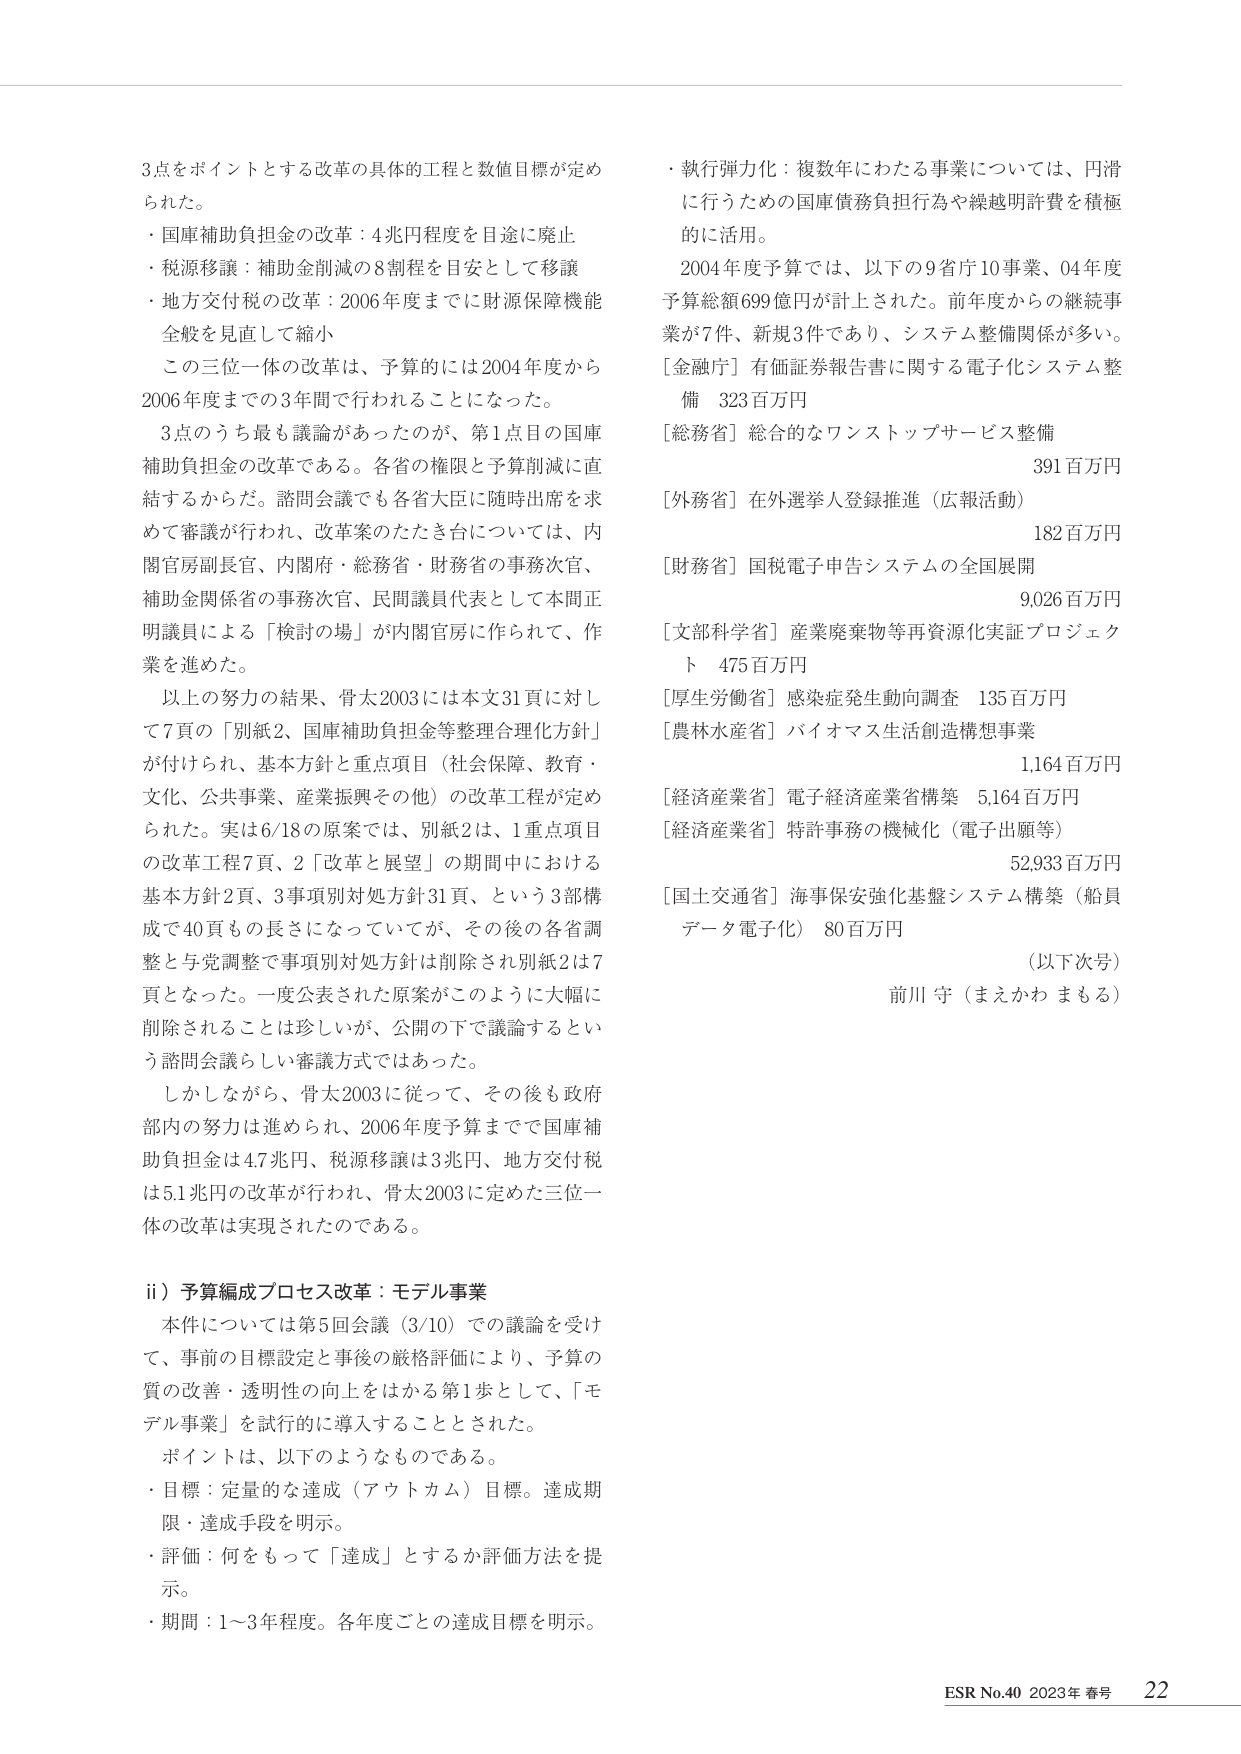
3点をポイントとする改革の具体的工程と数値目標が定められた。

・国庫補助負担金の改革：4兆円程度を目途に廃止
・税源移譲：補助金削減の8割程を目安として移譲
・地方交付税の改革：2006年度までに財源保障機能全般を見直して縮小

この三位一体の改革は、予算的には2004年度から2006年度までの3年間で行われることになった。

3点のうち最も議論があったのが、第1点目の国庫補助負担金の改革である。各省の権限と予算削減に直結するからだ。諮問会議でも各省大臣に随時出席を求めて審議が行われ、改革案のたたき台については、内閣官房副長官、内閣府・総務省・財務省の事務次官、補助金関係省の事務次官、民間議員代表として本間正明議員による「検討の場」が内閣官房に作られて、作業を進めた。

以上の努力の結果、骨太2003には本文31頁に対して7頁の「別紙2、国庫補助負担金等整理合理化方針」が付けられ、基本方針と重点項目（社会保障、教育・文化、公共事業、産業振興その他）の改革工程が定められた。実は6/18の原案では、別紙2は、1重点項目の改革工程7頁、2「改革と展望」の期間中における基本方針2頁、3事項別対処方針31頁、という3部構成で40頁もの長さになっていたが、その後の各省調整と与党調整で事項別対処方針は削除され別紙2は7頁となった。一度公表された原案がこのように大幅に削除されることは珍しいが、公開の下で議論するという諮問会議らしい審議方式ではあった。

しかしながら、骨太2003に従って、その後も政府部内の努力は進められ、2006年度予算までで国庫補助負担金は4.7兆円、税源移譲は3兆円、地方交付税は5.1兆円の改革が行われ、骨太2003に定めた三位一体の改革は実現されたのである。

ii）予算編成プロセス改革：モデル事業

本件については第5回会議（3/10）での議論を受け、事前の目標設定と事後の厳格評価により、予算の質の改善・透明性の向上をはかる第1歩として、「モデル事業」を試行的に導入することとされた。

ポイントは、以下のようなものである。

・目標：定量的な達成（アウトカム）目標。達成期限・達成手段を明示。
・評価：何をもって「達成」とするか評価方法を提示。
・期間：1～3年程度。各年度ごとの達成目標を明示。

・執行弾力化：複数年にわたる事業については、円滑に行うための国庫債務負担行為や繰越明許費を積極的に活用。

2004年度予算では、以下の9省庁10事業、04年度予算総額699億円が計上された。前年度からの継続事業が7件、新規3件であり、システム整備関係が多い。

[金融庁] 有価証券報告書に関する電子化システム整備　323百万円
[総務省] 総合的なワンストップサービス整備　391百万円
[外務省] 在外選挙人登録推進（広報活動）　182百万円
[財務省] 国税電子申告システムの全国展開　9,026百万円
[文部科学省] 産業廃棄物等再資源化実証プロジェクト　475百万円
[厚生労働省] 感染症発生動向調査　135百万円
[農林水産省] バイオマス生活創造構想事業　1,164百万円
[経済産業省] 電子経済産業省構築　5,164百万円
[経済産業省] 特許事務の機械化（電子出願等）　52,933百万円
[国土交通省] 海事保安強化基盤システム構築（船員データ電子化）　80百万円

（以下次号）

前川 守（まえかわ まもる）

ESR No.40 2023年 春号　22